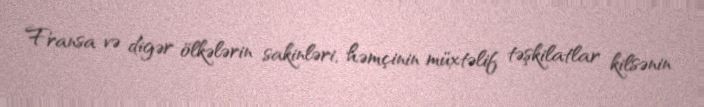
Fransa və digər ölkələrin sakinləri, həmçinin müxtəlif təşkilatlar kilsənin